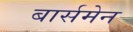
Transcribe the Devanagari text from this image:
बार्समेन